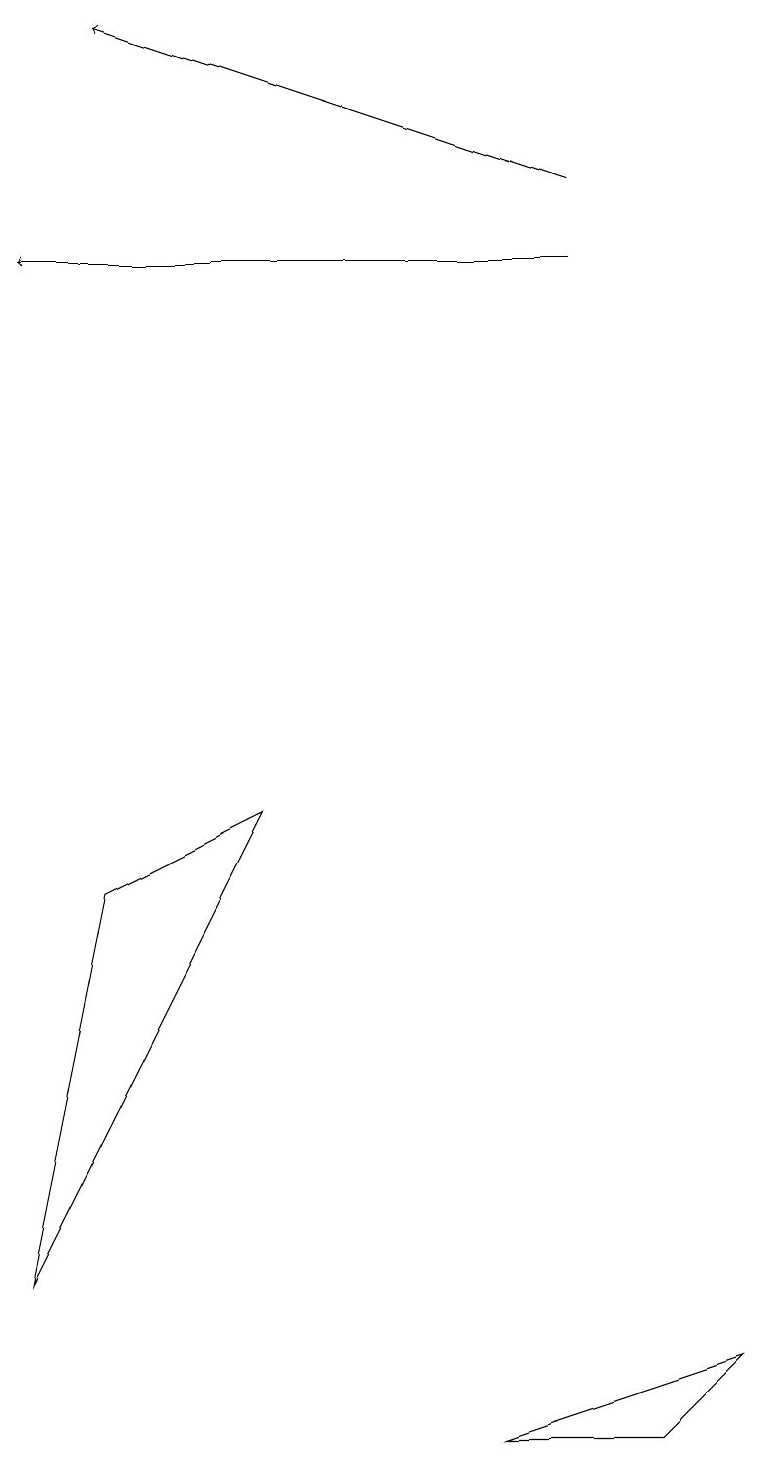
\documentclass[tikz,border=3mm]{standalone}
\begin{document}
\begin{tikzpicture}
\draw (8,0) -- (9,1) -- (6,0) -- cycle;
\draw[->] (7,16) -- (1,18);
\draw[->] (7,15) -- (0,15);
\draw (1,7) -- (0,2) -- (3,8) -- cycle;
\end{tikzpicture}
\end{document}